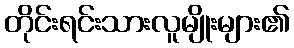
တိုင်းရင်းသားလူမျိုးများ၏